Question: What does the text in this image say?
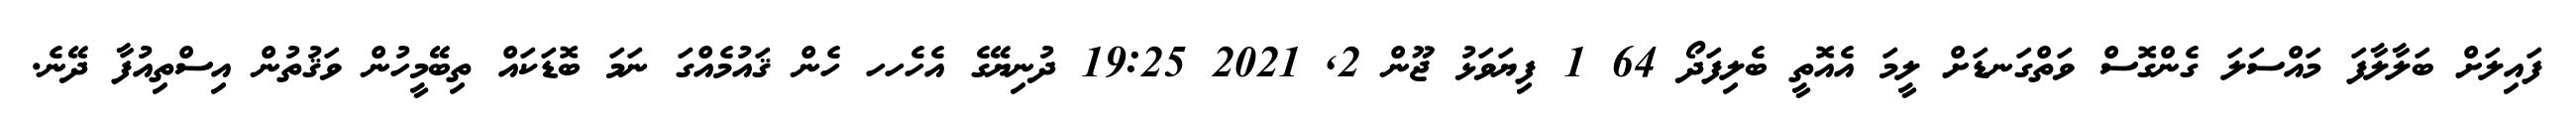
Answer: ފައިލަށް ބަލާލާފަ މައްސަލަ ގެންގޮސް ވަތްގަނޑަށް ލީމަ އެއޮތީ ބެލިފަދޯ 64 1 ފިޔަވަޅު ޖޫން 2, 2021 19:25 ދުނިޔޭގެ އެހެހހ ހެން ޤައުމެއްގަ ނަމަ ބޮޑަކައް ތިބޭމީހުން ވަޤުތުން އިސްތިއުފާ ދޭނެ.